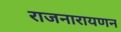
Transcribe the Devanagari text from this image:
राजनारायणन